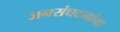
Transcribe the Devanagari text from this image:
जनसंघटनांना